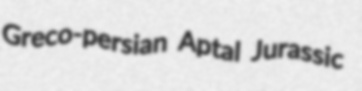
Greco-persian Aptal Jurassic